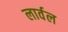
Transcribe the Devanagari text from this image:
लार्वल